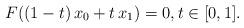
LaTeX: \begin{align*}F((1-t)\,x_0+t\,x_1)=0,t\in[0,1].\end{align*}